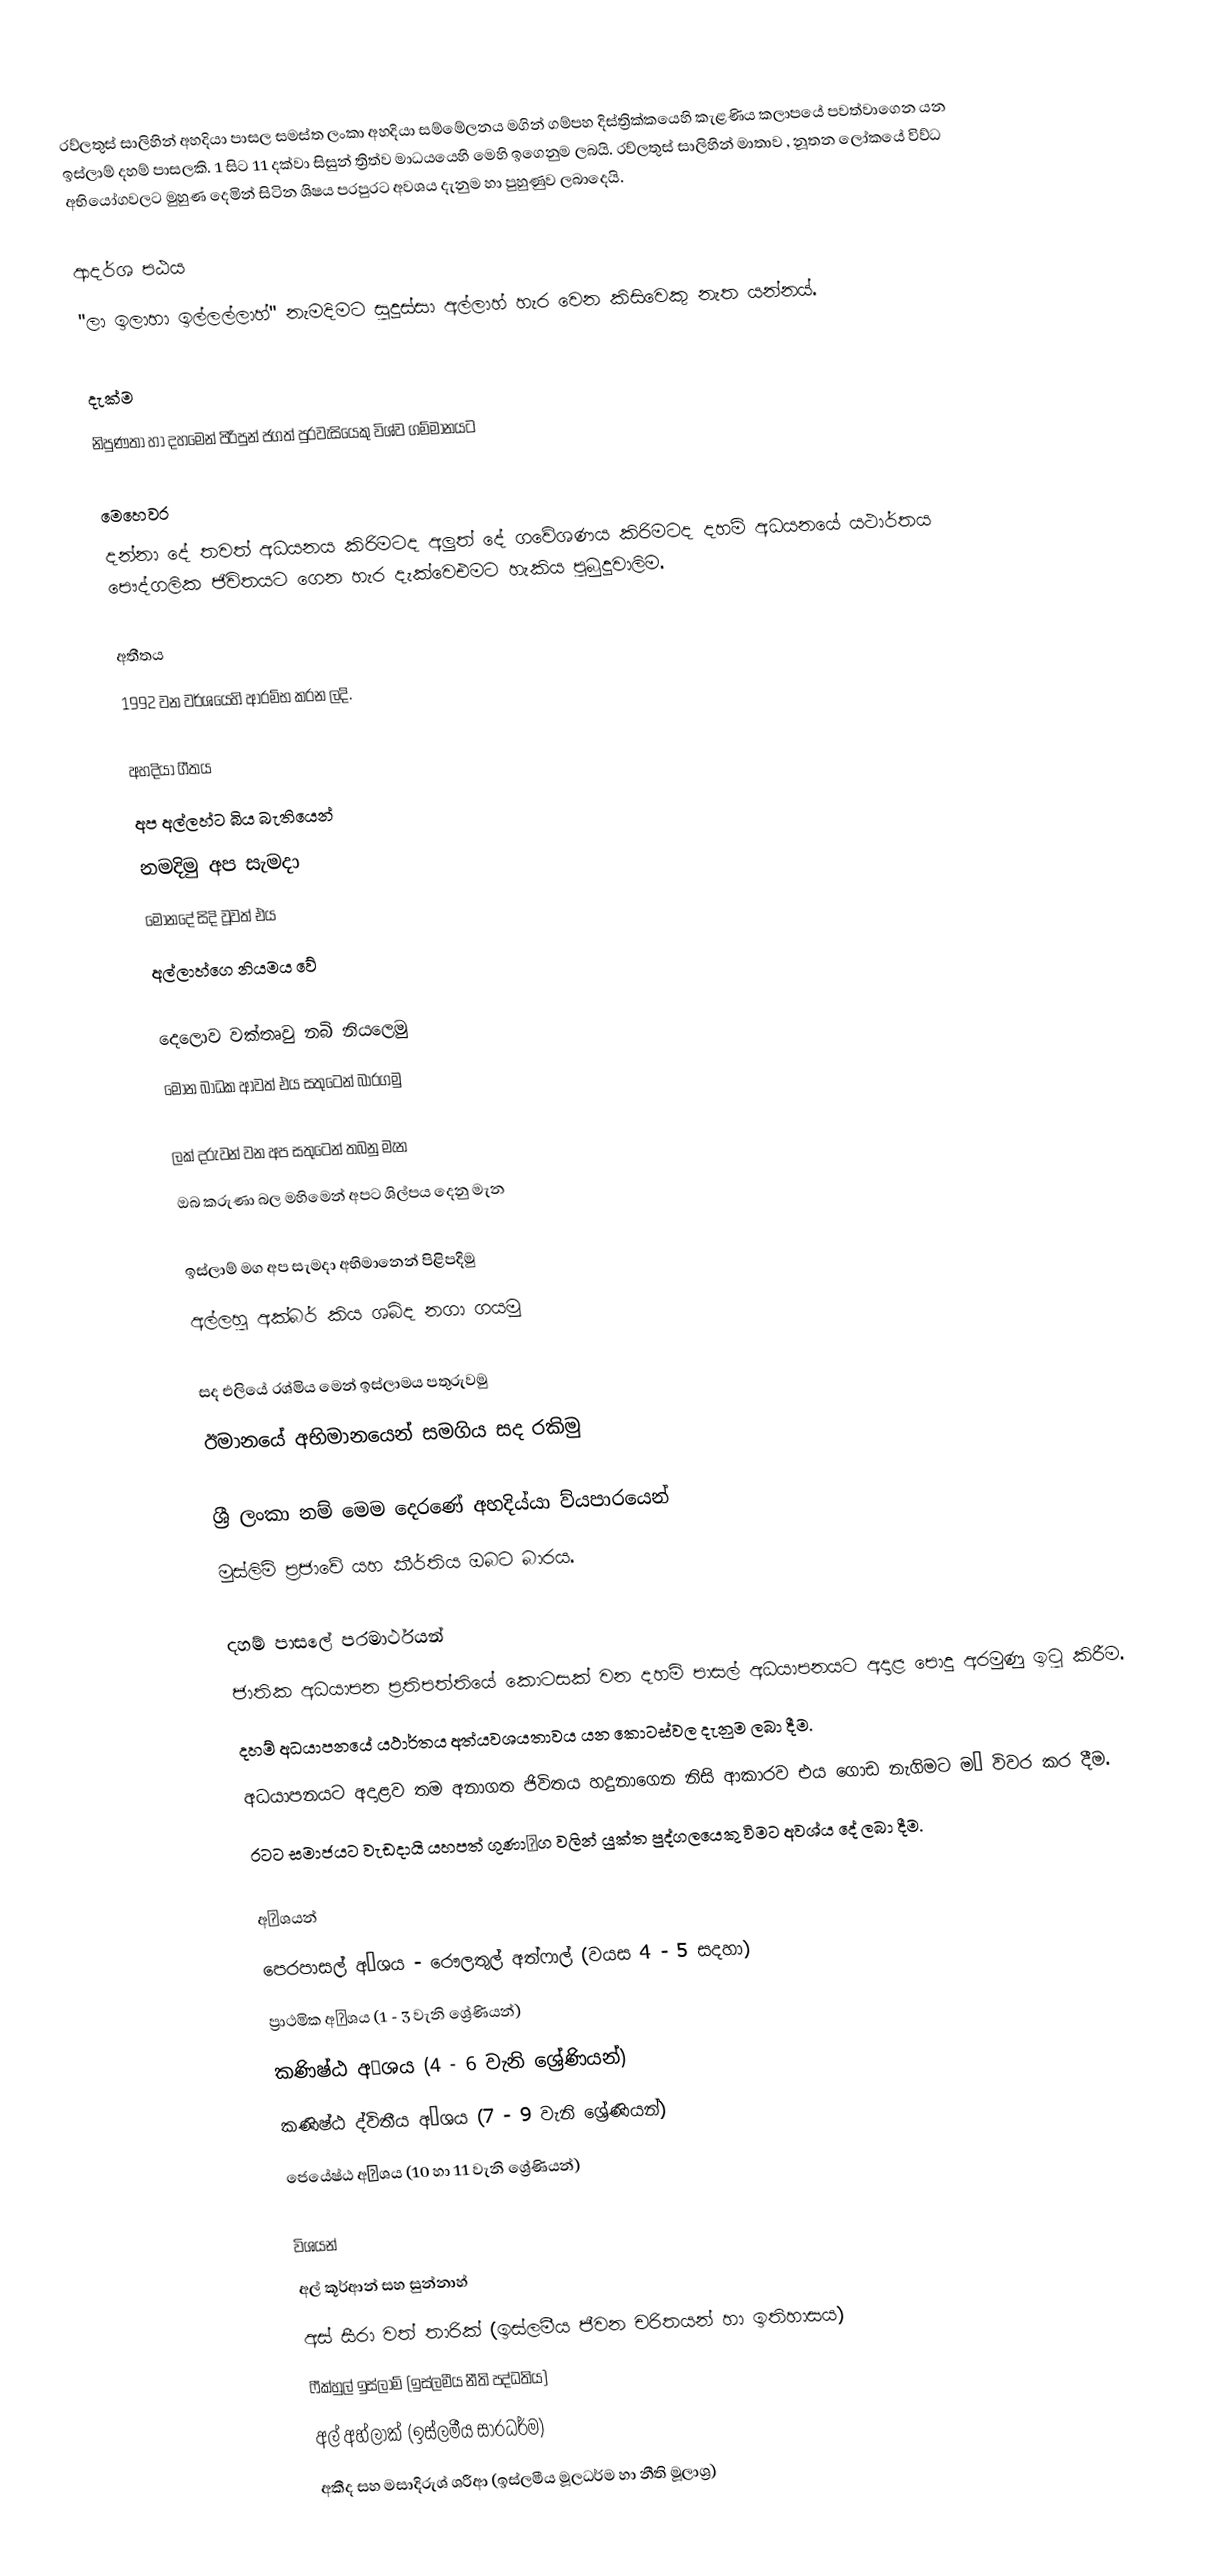
රව්ලතුස් සාලිහින් අහදියා පාසල සමස්ත ලංකා අහදියා සම්මේලනය මගින් ගම්පහ දිස්ත්‍රික්කයෙහි කැළණිය කලාපයේ පවත්වාගෙන යන ඉස්ලාම් දහම් පාසලකි. 1 සිට 11 දක්වා සිසුන් ත්‍රිත්ව මාධයයෙහි මෙහි ඉගෙනුම ලබයි. රව්ලතුස් සාලිහින් මාතාව , නූතන ලෝකයේ විව්ධ අභියෝගවලට මුහුණ දෙමින් සිටින ශිෂය පරපුරට අවශය දැනුම හා පුහුණුව ලබාදෙයි.

ආදර්ශ පඨය
"ලා ඉලාහා ඉල්ලල්ලාහ්" නැමදිමට සුදුස්සා අල්ලාහ් හැර වෙන කිසිවෙකු නැත යන්නය්.

දැක්ම
නිපුණතා හා දහමෙන් පිරිපුන් ජගත් පුරවැසියෙකු විශ්ව ගම්මානයට

මෙහෙවර
දන්නා දේ තවත් අධයනය කිරිමටද අලුත් දේ ගවේශණය කිරිමටද දහම් අධයනයේ යථාර්තය පෞද්ගලික ජිවිතයට ගෙන හැර දැක්වෙඑමට හැකිය පුබුදුවාලිම.

අතීතය
 1992 වන වර්ශයෙහි ආරම්භ කරන ලදි.

අහදියා ගීතය
අප අල්ලහ්ට බිය බැතියෙන්
නමදිමු අප සැමදා
මොනදේ සිදි වූවත් එය
අල්ලාහ්ගෙ නියමය වේ

දෙලොව වක්තෘවු නබි නියලෙමු
මොන බාධක ආවත් එය සතුටෙන් බාරගමු

ලක් දරුවන් වන අප සතුටෙන් තබනු මැන
ඔබ කරුණා බල මහිමෙන් අපට ශිල්පය දෙනු මැන

ඉස්ලාම් මග අප සැමදා අභිමානෙන් පිළිපදිමු
අල්ලහු අක්බර් කිය ශබ්ද නගා ගයමු

සද එලියේ රශ්මිය මෙන් ඉස්ලාමය පතුරුවමු
ඊමානයේ අභිමානයෙන් සමගිය සද රකිමු

ශ්‍රී ලංකා නම් මෙම දෙරණේ අහදිය්යා ව්යපාරයෙන්
මුස්ලිම් ප්‍රජාවේ යහ කීර්තිය ඔබට බාරය.

දහම් පාසලේ පරමාර්ථයන්
 ජාතික අධයාපන ප්‍රතිපත්තියේ කොටසක් වන දහම් පාසල් අධයාපනයට අදාළ පොදු අරමුණු ඉටු කිරීම.
 දහම් අධයාපනයේ යථාර්තය අත්යවශයතාවය යන කොටස්වල දැනුම ලබා දීම.
 අධයාපනයට අදාළව තම අනාගත ජිවිතය හදුනාගෙන නිසි ආකාරව එය ගොඩ නැගිමට ම౦ විවර කර දීම.
 රටට සමාජයට වැඩදායි යහපත් ගුණා౦ග වලින් යුක්ත පුද්ගලයෙකු විමට අවශ්ය දේ ලබා දීම.

අ౦ශයන්
පෙරපාසල් අ౦ශය - රෞලතුල් අත්ෆාල්  (වයස 4 - 5 සදහා)
ප්‍රාථමික අ౦ශය (1 - 3 වැනි ශ්‍රේණියන්)
කණිෂ්ඨ අ౦ශය (4 - 6 වැනි ශ්‍රේණියන්)
කණිෂ්ඨ ද්විතීය අ౦ශය (7 - 9 වැනි ශ්‍රේණියන්)
ජෙයේෂ්ඨ අ౦ශය (10 හා 11 වැනි ශ්‍රේණියන්)

විශයන්
අල් කූර්ආන් සහ සුන්නාහ්
අස් සීරා වත් තාරික් (ඉස්ලමීය ජීවන චරිතයන් හා ඉතිහාසය)
ෆීක්හුල් ඉස්ලාම් (ඉස්ලමීය නීති පද්ධතිය)
අල් අහ්ලාක් (ඉස්ලමීය සාරධර්ම)
අකීද සහ මසාදිරුශ් ශරීආ (ඉස්ලමීය මූලධර්ම හා නීති මූලාශ්‍ර)